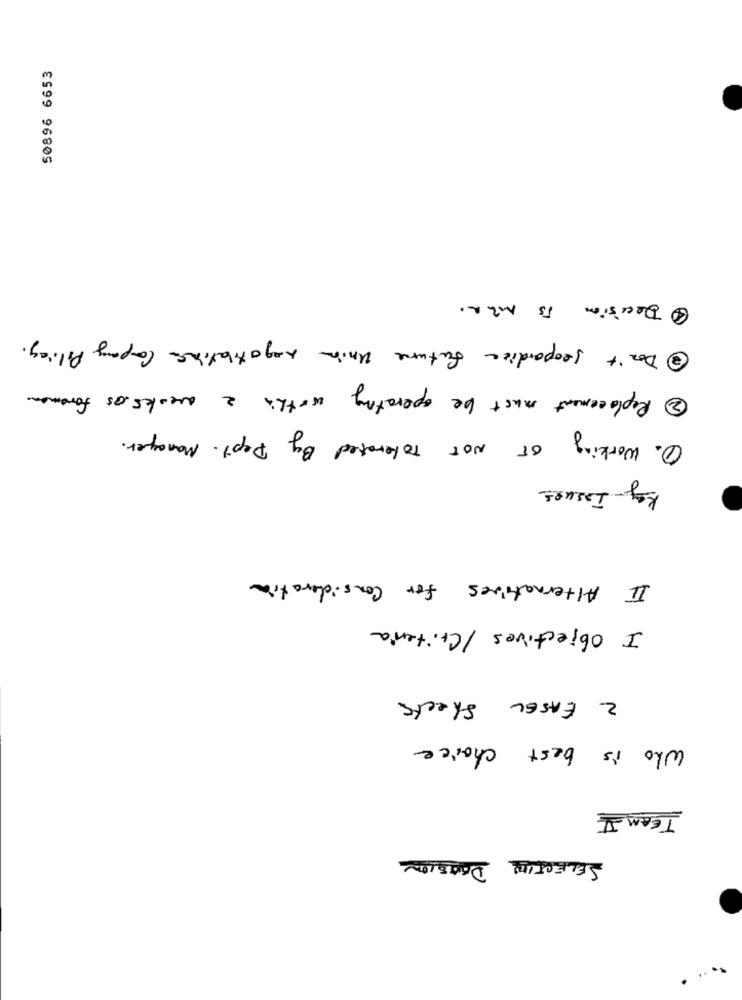
50896 6653
Decision is Man.
5 Don't jeopardize future Union negotiating Company Policy.
2 Replacement must be operating within 2 weeks os foreman.
1. Working or NOT Tolerated By Dept. Manager.
Key Issues
II Alternatives for Consideration
I objectives / Criteria
2 EASEL Sheets
Who is best choice
TEAM I
SELECTION DECISION